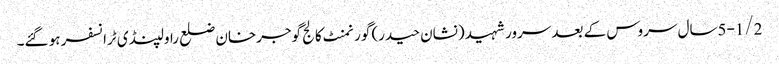
5-1/2سال سروس کے بعد سرور شہید (نشان حیدر) گورنمنٹ کالج گوجرخان ضلع راولپنڈی ٹرانسفر ہو گئے۔